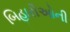
બિહારીઓની